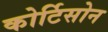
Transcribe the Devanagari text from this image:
कोर्टिसोन